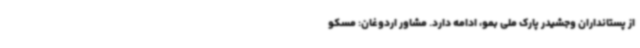
از پستانداران وجشیدر پارک ملی بمو، ادامه دارد. مشاور اردوغان: مسکو